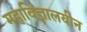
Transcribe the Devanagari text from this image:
महाविज्ञालयीन